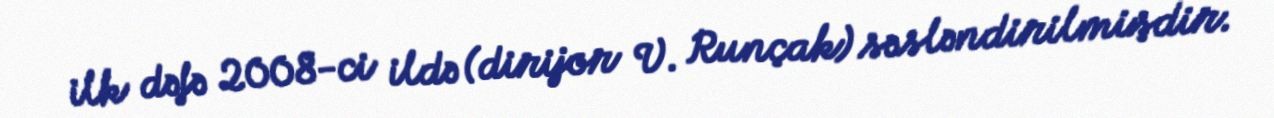
ilk dəfə 2008-ci ildə (dirijor V. Runçak) səsləndirilmişdir.